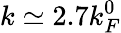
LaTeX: k\simeq 2.7k_{F}^{0}